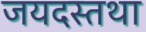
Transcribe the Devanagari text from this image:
जयदस्तथा